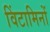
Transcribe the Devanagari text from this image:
विंटामिनों